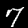
Label: 7